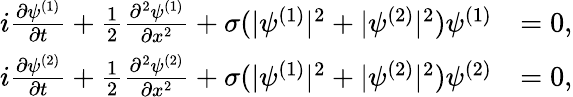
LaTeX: \begin{array}{rl}{i\frac{\partial\psi^{(1)}}{\partial t}+\frac{1}{2}\frac{\partial^{2}\psi^{(1)}}{\partial x^{2}}+\sigma(|\psi^{(1)}|^{2}+|\psi^{(2)}|^{2})\psi^{(1)}}&{=0,}\\ {i\frac{\partial\psi^{(2)}}{\partial t}+\frac{1}{2}\frac{\partial^{2}\psi^{(2)}}{\partial x^{2}}+\sigma(|\psi^{(1)}|^{2}+|\psi^{(2)}|^{2})\psi^{(2)}}&{=0,}\end{array}